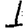
Digit: 1